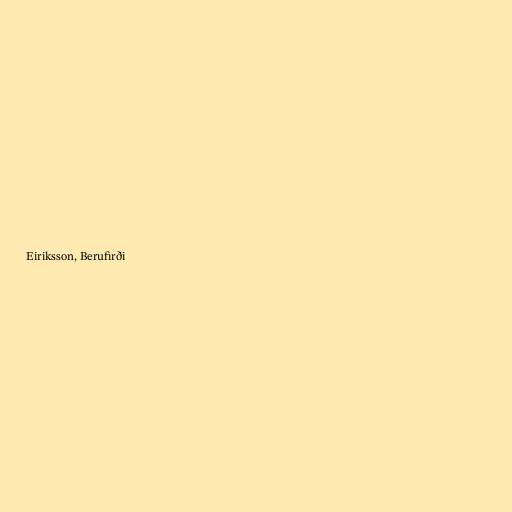
Eiriksson, Berufirði